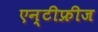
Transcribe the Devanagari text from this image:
एन्टीफ्रीज